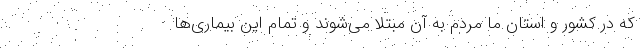
که در کشور و استان ما مردم به آن مبتلا می‌شوند و تمام این بیماری‌ها